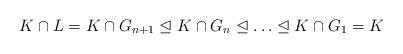
LaTeX: \begin{align*} K \cap L = K \cap G_{n+1} \trianglelefteq K \cap G_n \trianglelefteq \ldots \trianglelefteq K \cap G_1 = K \end{align*}